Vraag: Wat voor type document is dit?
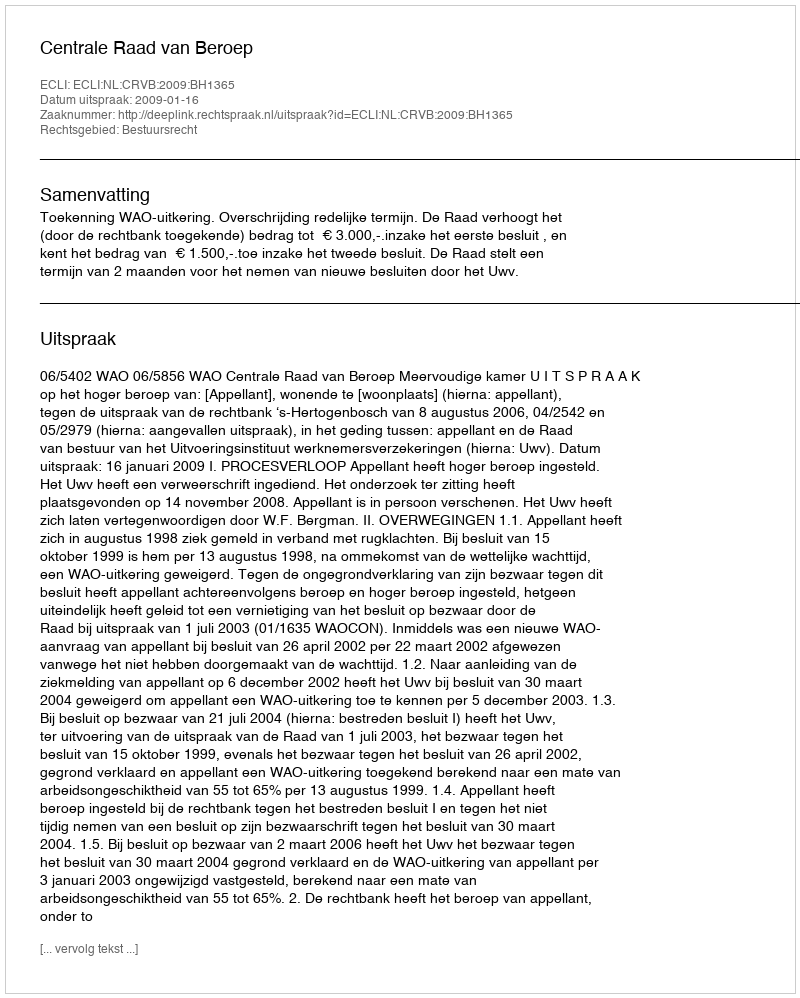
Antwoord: Uitspraak